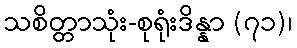
သစိတ္တာသုံး-စုရုံးဒိန္နာ (၇၁)၊